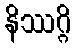
နိဿဂ္ဂိ